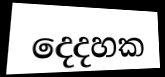
දෙදහක